Lunatic asylums Burma 1907-21 - 1907-1921
Year: 1907
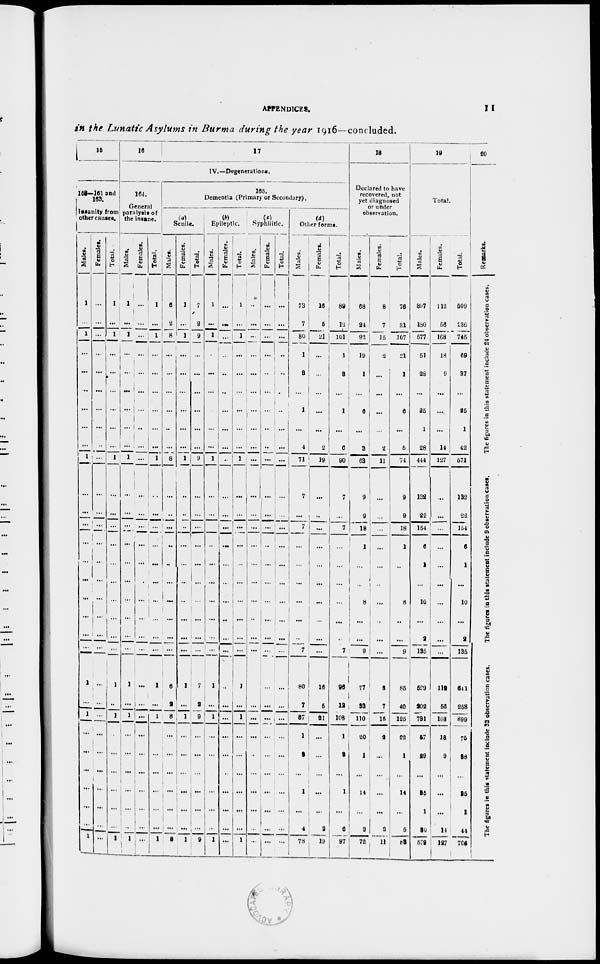
APPENDICES.
11
in the Lunatic Asylums in Burma during the year 1916—concluded.
15
158—161 and
163.
Insanity from
other causes.
Males.
1
...
1
...
...
...
...
...
...
1
...
...
...
...
...
...
...
...
...
...
1
...
1
...
...
...
...
...
...
1
Females.
...
...
...
...
...
...
...
...
...
...
...
...
...
...
...
...
...
...
...
...
...
...
...
...
...
...
...
...
...
...
Total.
1
...
1
...
...
...
...
...
...
1
...
...
...
...
...
...
...
...
...
...
1
...
1
...
...
...
...
...
...
1
16
17
IV.—Degenerations.
164.
General
paralysis of
the insane.
Males.
1
...
1
...
...
...
...
...
...
1
...
...
...
...
...
...
...
...
...
...
1
...
1
...
...
...
...
...
...
1
Females.
...
...
...
...
...
...
...
...
...
...
...
...
...
...
...
...
...
...
...
...
...
...
...
...
...
...
...
...
...
...
Total.
1
...
1
...
...
...
...
...
...
1
...
...
...
...
...
...
...
...
...
...
1
...
1
...
...
...
...
...
...
1
165.
Dementia (Primary or Secondary).
(a)
Senile.
Males.
6
2
8
...
...
...
...
...
...
8
...
...
...
...
...
...
...
...
...
...
6
2
8
...
...
...
...
...
...
8
Females.
1
...
1
...
...
...
...
...
...
1
...
...
...
...
...
...
...
...
...
...
1
...
1
...
...
...
...
...
...
1
Total.
7
2
9
...
...
...
...
...
...
9
...
...
...
...
...
...
...
...
...
...
7
2
9
...
...
...
...
...
...
9
(b)
Epileptic.
Males.
1
...
1
...
...
...
...
...
...
1
...
...
...
...
...
...
...
...
...
...
1
...
1
...
...
...
...
...
...
1
Females.
...
...
...
...
...
...
...
...
...
...
...
...
...
...
...
...
...
...
...
...
...
...
...
...
...
...
...
...
...
...
Total.
1
...
1
...
...
...
...
...
...
1
...
...
...
...
...
...
...
...
...
...
1
...
1
...
...
...
...
...
...
1
(c) Syphilitic.
Males.
...
...
...
...
...
...
...
...
...
...
...
...
...
...
...
...
...
...
...
...
...
...
...
...
...
...
...
...
...
...
Females.
...
...
...
...
...
...
...
...
...
...
...
...
...
...
...
...
...
...
...
...
...
...
...
...
...
...
...
...
...
...
Total.
...
...
...
...
...
...
...
...
...
...
...
...
...
...
...
...
...
...
...
...
...
...
...
...
...
...
...
...
...
...
(d)
Other forms.
Males.
73
7
80
1
3
...
1
...
4
71
7
...
7
...
...
...
...
...
...
7
80
7
87
1
3
...
1
...
4
78
Females.
16
5
21
...
...
...
...
...
2
19
...
...
...
...
...
...
...
...
...
...
16
5
21
...
...
...
...
...
2
19
Total.
89
12
101
1
3
...
1
...
6
90
7
...
7
...
...
...
...
...
...
7
96
12
108
1
3
...
1
...
6
97
18
Declared to have
recovered, not
yet diagnosed
or under
observation.
Males.
68
24
92
19
1
...
6
...
3
63
9
9
18
1
...
...
8
...
...
9
77
33
110
20
1
...
14
...
3
72
Females.
8
7
15
2
...
...
...
...
2
11
...
...
...
...
...
...
...
...
...
...
8
7
15
2
...
...
...
...
2
11
Total.
76
31
107
21
1
...
6
...
5
74
9
9
18
1
...
...
8
...
...
9
85
40
125
22
1
...
14
...
5
83
19
Total.
Males.
397
180
577
51
28
...
25
1
28
444
132
22
154
6
1
...
10
...
2
135
529
202
731
57
29
...
35
1
30
579
Females.
112
56
168
18
9
...
...
...
14
127
...
...
...
...
...
...
...
...
...
...
112
56
168
18
9
...
...
...
14
127
Total.
509
236
745
69
37
...
25
1
42
571
132
22
154
6
1
...
10
...
2
135
641
258
899
75
38
...
35
1
44
706
20
Remarks.
The figures in this statement include 24 observation cases.
The figures in t h i s s t a t e m e n t i n c l u d e 9 o b s e r v a t i o n cases.
The f i gur es in t hi s s t a t e m e n t i
ncl ude 33 observation cases.